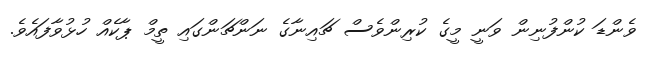
ވެންޑަ ކުންފުނިން ވަނީ މީގެ ކުރިންވެސް ޗައިނާގެ ނަންޗަންގައި ތީމް ޕާކެއް ހުޅުވާފައެވެ.